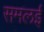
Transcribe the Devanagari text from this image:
समलई